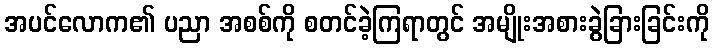
အပင်လောက၏ ပညာ အစစ်ကို စတင်ခဲ့ကြရာတွင် အမျိုးအစားခွဲခြားခြင်းကို